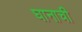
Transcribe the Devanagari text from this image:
घानाची